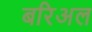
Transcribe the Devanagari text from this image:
बरिअल